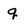
Character: q